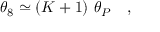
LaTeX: \displaystyle \theta _ { 8 } \simeq ( K + 1 ) ~ \theta _ { P } ~ ~ ~ ,